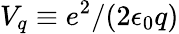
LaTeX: V_{q}\equiv e^{2}/(2\epsilon_{0}q)